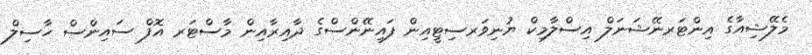
މެލޭޝިއާގެ އިންޓަރނޭޝަނަލް އިސްލާމިކް ޔުނިވަރސިޓީއިން ފައިނޭންސްގެ ދާއިރާއިން މާސްޓަރ އޮފް ސައިންސް ހާސިލް